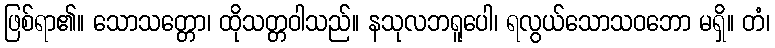
ဖြစ်ရာ၏။ သောသတ္တော၊ ထိုသတ္တဝါသည်။ နသုလဘရူပေါ၊ ရလွယ်သောသဝဘော မရှိ။ တံ၊